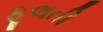
ફૂલતી